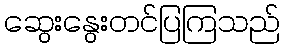
ဆွေးနွေးတင်ပြကြသည်